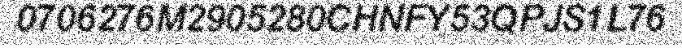
0706276M2905280CHNFY53QPJS1L76